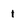
Character: 1